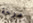
مرحة